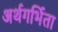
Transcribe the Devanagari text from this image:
अर्थगर्भिता